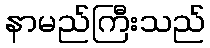
နာမည်ကြီးသည်